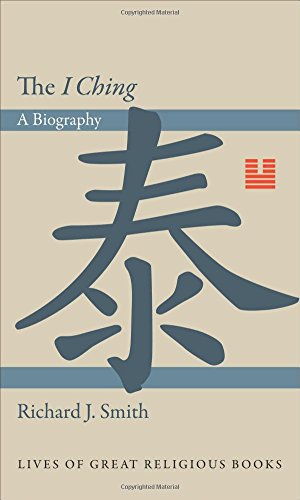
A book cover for The "I Ching": A Biography (Lives of Great Religious Books); Richard J. Smith; Religion & Spirituality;